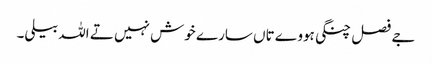
جے فصل چنگی ہووے تاں سارے خوش نہیں تے اللہ بیلی۔